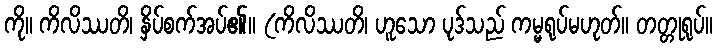
ကို။ ကိလိဿတိ၊ နှိပ်စက်အပ်၏။ (ကိလိဿတိ၊ ဟူသော ပုဒ်သည် ကမ္မရုပ်မဟုတ်။ တတ္တုရုပ်။